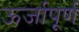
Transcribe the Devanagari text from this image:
ऊर्जापूर्ण